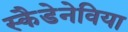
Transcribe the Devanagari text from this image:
स्कैडेनेविया